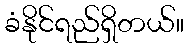
ခံနိုင်ရည်ရှိတယ်။